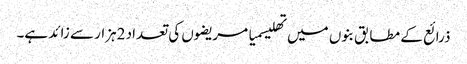
ذرائع کے مطابق بنوں میں تھلیسمیا مریضوں کی تعداد 2ہزار سے زائد ہے۔